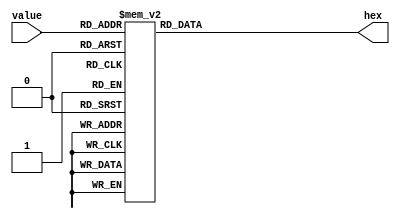
module display(value, hex);
	input [3:0] value;
	output reg [6:0] hex;
	always @(*)
	begin
		case(value)
			4'b0000 : hex = 7'b1000000;
			4'b0001 : hex = 7'b1111001;
			4'b0010 : hex = 7'b0100100;
			4'b0011 : hex = 7'b0110000;
			4'b0100 : hex = 7'b0011001;
			4'b0101 : hex = 7'b0010010;
			4'b0110 : hex = 7'b0000010;
			4'b0111 : hex = 7'b1111000;
			4'b1000 : hex = 7'b0000000;
			4'b1001 : hex = 7'b0010000;
			default : hex = 7'b0111111;
		endcase
	end
endmodule
module pratica1(SW, HEX0, HEX1, HEX2);
	input [17:0] SW;
	output [6:0] HEX0, HEX1, HEX2; 

	wire [7:0] cache_address, cache_out, ram_address, ram_data, ram_out;
	wire [3:0] cache_data;
	wire cache_wren, clock, ram_wren;
	assign cache_address = SW[17:10];
	assign cache_data = SW[3:0];
	assign cache_wren = SW[8];
	assign clock = SW[9];

	
	//ram1 m(address, clock, data, wren, out);

	memory cache(cache_address, clock, cache_data, cache_wren, ram_out, cache_out, ram_address, ram_data, ram_wren);
	
	ram1 m(ram_address, clock, ram_data, ram_wren, ram_out);	
	
	//ram1 m(SW[17:10], SW[9], SW[7:0], SW[8], out);
	
	wire [3:0] c, d, u;
	assign c = cache_out / 100;
	assign d = (cache_out % 100) / 10;
	assign u = cache_out % 10;
	display d1(c, HEX2);
	display d2(d, HEX1);
	display d3(u, HEX0);
	
endmodule